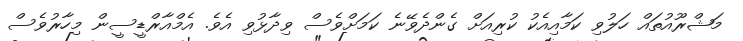
މަޝްރޫއުތައް ހަލުވި ކަމާއިއެކު ކުރިއަށް ގެންދެވޭނެ ކަމަށްވެސް ވިދާޅުވި އެވެ. އެމްއާރްޑީސީން މިހާރުވެސް